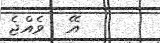
އޭ  ވެއްޖެ